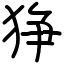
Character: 狰